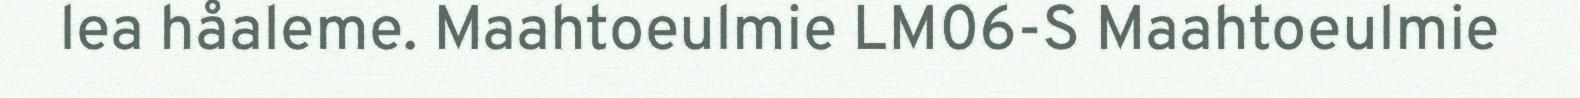
lea håaleme. Maahtoeulmie LM06-S Maahtoeulmie